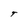
Character: T